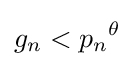
g_{n}<{p_{n}}^{\theta }